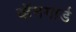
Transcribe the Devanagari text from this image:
व्हॅनगार्ड